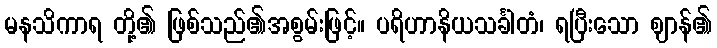
မနသိကာရ တို့၏ ဖြစ်သည်၏အစွမ်းဖြင့်။ ပရိဟာနိယသင်္ခါတံ၊ ရပြီးသော ဈာန်၏